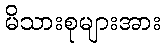
မိသားစုများအား